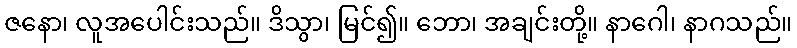
ဇနော၊ လူအပေါင်းသည်။ ဒိသွာ၊ မြင်၍။ ဘော၊ အချင်းတို့။ နာဂေါ၊ နာဂသည်။